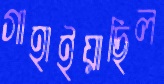
গাহাইয়াছিল